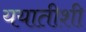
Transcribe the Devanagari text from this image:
ययातीशी